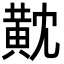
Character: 黆